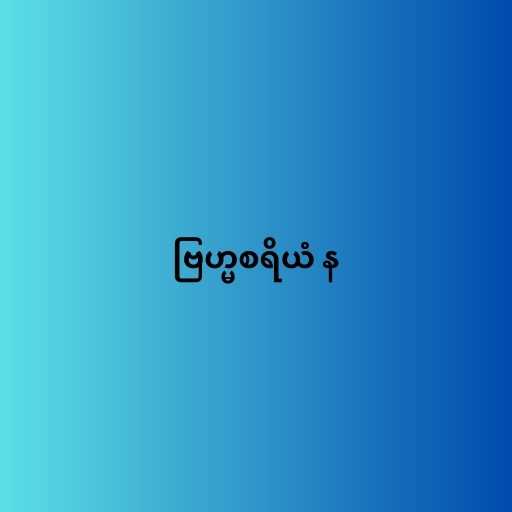
ဗြဟ္မစရိယံ န